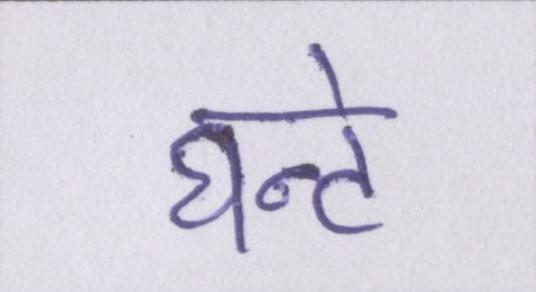
घन्टे